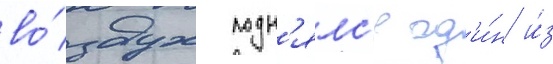
во́здух подн'ялс'я од'и́н и́з